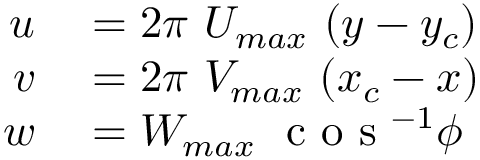
\begin{array} { r l } { u } & { { } = 2 \pi \ U _ { m a x } \ ( y - y _ { c } ) } \\ { v } & { { } = 2 \pi \ V _ { m a x } \ ( x _ { c } - x ) } \\ { w } & { { } = W _ { m a x } \ \mathrm { ~ c ~ o ~ s ~ } ^ { - 1 } \phi } \end{array}